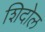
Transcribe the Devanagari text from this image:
शिदोल